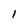
Character: l